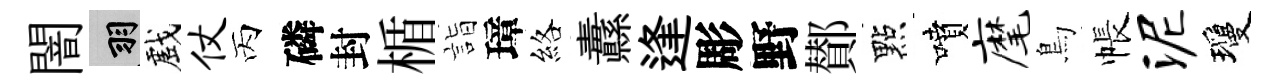
闇羽戲仗丙磷封楯詣璋絡纛逢彫野鄼點噴麾鳥帳泥瓊